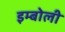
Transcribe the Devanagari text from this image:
इम्बोली